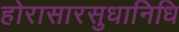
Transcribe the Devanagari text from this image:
होरासारसुधानिधि